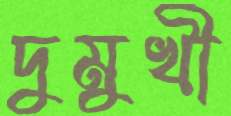
দুমুখী